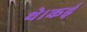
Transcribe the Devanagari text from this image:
थे।कई